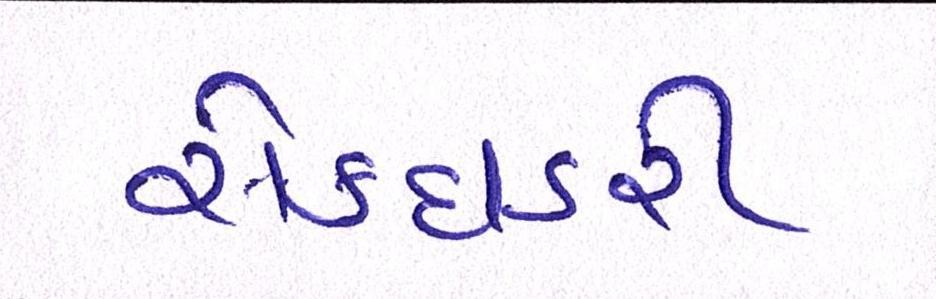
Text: સેક્ધડરી